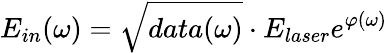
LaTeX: E_{in}(\omega)=\sqrt{data(\omega)}\cdot E_{laser}e^{\varphi(\omega)}